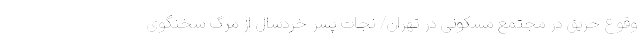
وقوع حریق در مجتمع مسکونی در تهران/ نجات پسر خردسال از مرگ سخنگوی